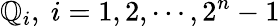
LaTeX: \mathbb{Q}_{i},~i=1,2,\cdots,2^{n}-1